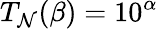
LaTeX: T_{\mathcal{N}}(\beta)=10^{\alpha}